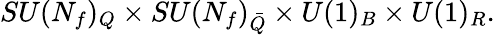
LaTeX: SU(N_{f})_{Q}\times SU(N_{f})_{\bar{Q}}\times U(1)_{B}\times U(1)_{R}.